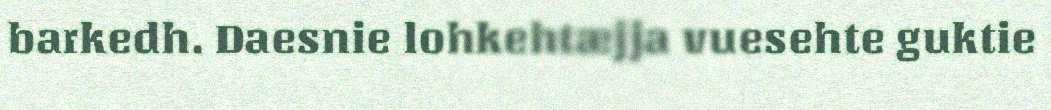
barkedh. Daesnie lohkehtæjja vuesehte guktie